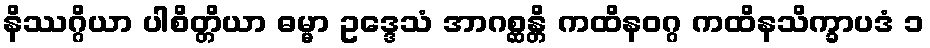
နိဿဂ္ဂိယာ ပါစိတ္တိယာ ဓမ္မာ ဥဒ္ဒေသံ အာဂစ္ဆန္တိ ကထိနဝဂ္ဂ ကထိနသိက္ခာပဒံ ၁